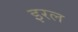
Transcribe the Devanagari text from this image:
इरल